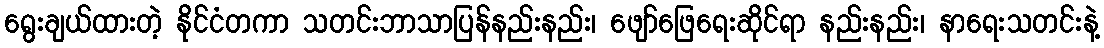
ရွေးချယ်ထားတဲ့ နိုင်ငံတကာ သတင်းဘာသာပြန်နည်းနည်း၊ ဖျော်ဖြေရေးဆိုင်ရာ နည်းနည်း၊ နာရေးသတင်းနဲ့